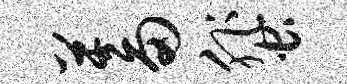
蓄蜚